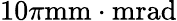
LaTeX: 10\pi\textrm{mm}\cdot\textrm{mrad}